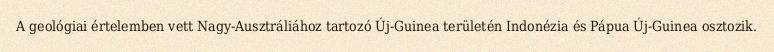
A geológiai értelemben vett Nagy-Ausztráliához tartozó Új-Guinea területén Indonézia és Pápua Új-Guinea osztozik.